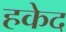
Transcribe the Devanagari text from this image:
हकेद